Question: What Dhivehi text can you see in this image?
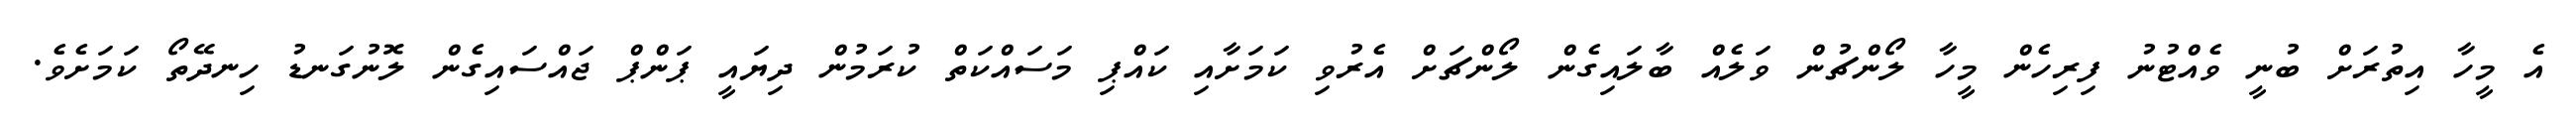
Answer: އެ މީހާ އިތުރަށް ބުނީ ވެއްޓުނު ފިރިހެން މީހާ ލޯންޗުން ވަލެއް ބާލައިގެން ލޯންޗަށް އެރުވި ކަމަށާއި ކައްޕި މަސައްކަތް ކުރަމުން ދިޔައީ ޕަންޕް ޖައްސައިގެން ލޮނުގަނޑު ހިނދޭތޯ ކަމަށެވެ.